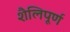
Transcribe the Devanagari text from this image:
शैलिपूर्ण